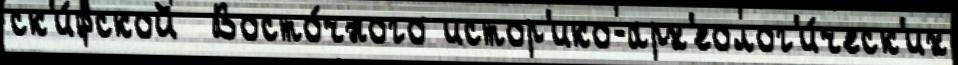
ск'и́фской  Восто́чного истор'ико-арх'еолог'и́ческ'их